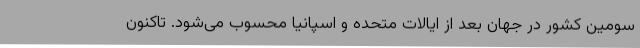
سومین کشور در جهان بعد از ایالات متحده و اسپانیا محسوب می‌شود. تاکنون